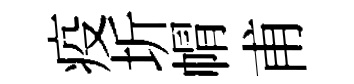
疫圻㡌甫